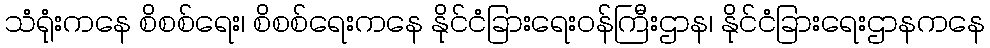
သံရုံးကနေ စိစစ်ရေး၊ စိစစ်ရေးကနေ နိုင်ငံခြားရေးဝန်ကြီးဌာန၊ နိုင်ငံခြားရေးဌာနကနေ